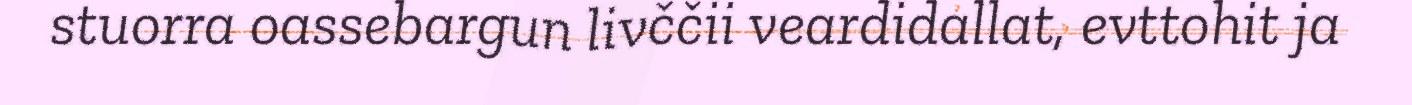
stuorra oassebargun livččii veardidallat, evttohit ja